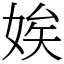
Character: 娭